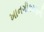
ખાનગીકરણની